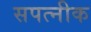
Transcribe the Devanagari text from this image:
सपत्‍नीक